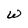
Character: W